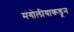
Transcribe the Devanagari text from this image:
मंगोलीयाकडून